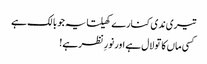
تیری ندی کنارے کھیلتا یہ جو بالک ہے
کسی ماں کا تو لال ہے اور نورِ نظر ہے!